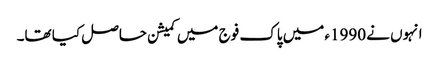
انہوں نے 1990ء میں پاک فوج میں کمیشن حاصل کیا تھا۔